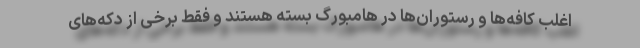
اغلب کافه‌ها و رستوران‌ها در هامبورگ بسته هستند و فقط برخی از دکه‌های